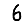
Digit: 6